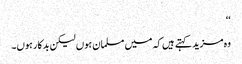
‘‘
وہ مزید کہتے ہیں کہ میں مسلمان ہوں لیکن بدکار ہوں۔